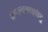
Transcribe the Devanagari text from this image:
जन्मान्तरसहस्रेषु